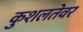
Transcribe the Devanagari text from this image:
कुशलतेवर